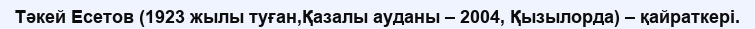
Тәкей Есетов (1923 жылы туған,Қазалы ауданы – 2004, Қызылорда) – қайраткері.